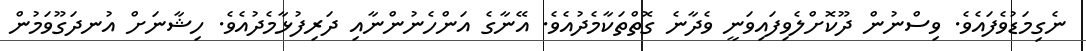
ނެގިމަޑުވެފައެވެ. ވިސްނުން ދޫކޮށްލެވިފައިވަނީ ވެދާނެ ގޮތްތަކާމެދުއެވެ. އޭނާގެ އަންހެނުންނާއި ދަރިފުޅާމެދުއެވެ. ހިޝާނަށް އުނދަގޫވަމުން